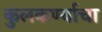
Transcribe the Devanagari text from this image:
कुलकर्ण्याचा